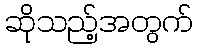
ဆိုသည့်အတွက်